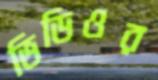
ভিডিওর